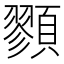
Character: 顟